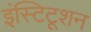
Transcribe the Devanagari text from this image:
इंस्टिटूशन